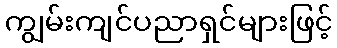
ကျွမ်းကျင်ပညာရှင်များဖြင့်